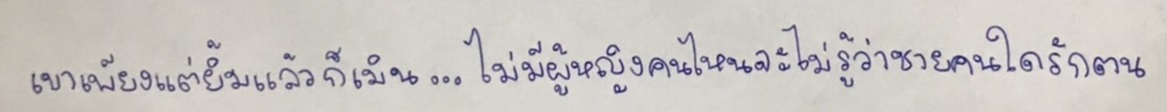
เขาเพียงแต่ยิ้มแล้วก็เมิน...ไม่มีผู้หญิงคนไหนจะไม่รู้ว่าชายคนใดรักตน